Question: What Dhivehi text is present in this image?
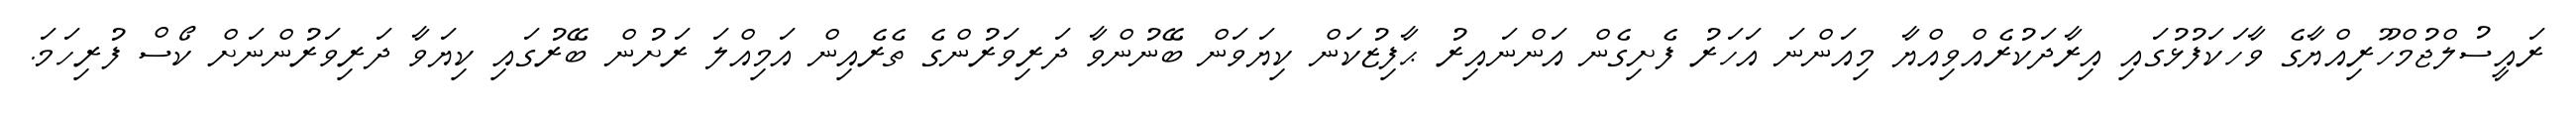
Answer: ރައީސުލްޖުމްހޫރިއްޔާގެ ވާހަކަފުޅުގައި އިރާދަކުރެއްވިއްޔާ މިއަންނަ އަހަރު ފެށިގެން އަންނައިރު ޙާފިޒުކަން ކިޔަވަން ބޭނުންވާ ދަރިވަރުންގެ ތެރެއިން އަމިއްލަ ރަށުން ބޭރުގައި ކިޔަވާ ދަރިވަރުންނަށް ކޯސް ފުރިހަމަ.